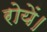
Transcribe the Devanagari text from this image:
रोयें।